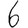
Digit: 6